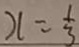
x = \frac { 1 } { 3 }